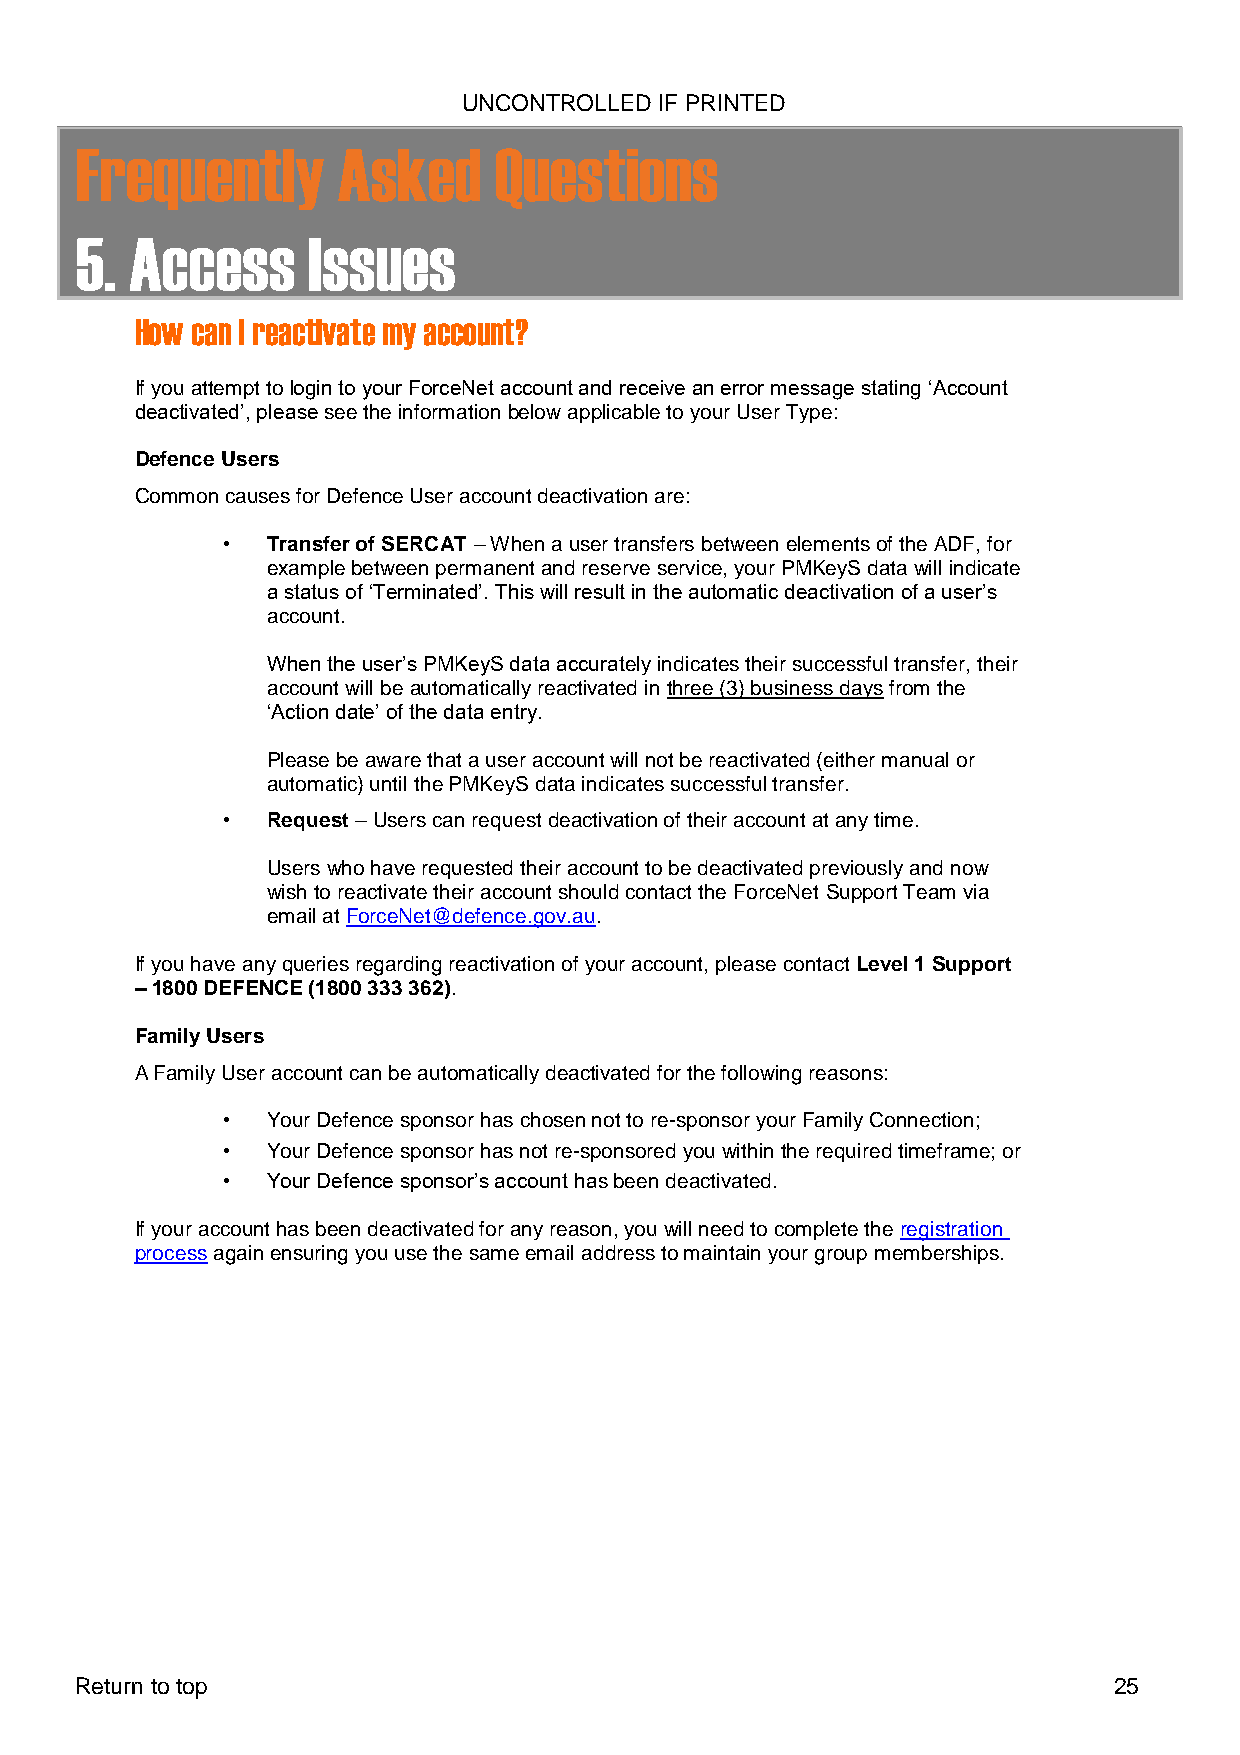
UNCONTROLLED IF PRINTED
 Frequently       Asked      Questions
 5.  Access     Issues
 How can I reactivate my account?
 If you attempt to login to your ForceNet account and receive an error message stating ‘Account
 deactivated’, please see the information below applicable to your User Type:
 Defence Users
 Common causes for Defence User account deactivation are:
 •  Transfer of SERCAT – When a user transfers between elements of the ADF, for
 example between permanent and reserve service, your PMKeyS data will indicate
 a status of ‘Terminated’. This will result in the automatic deactivation of a user’s
 account.
 When the user’s PMKeyS data accurately indicates their successful transfer, their
 account will be automatically reactivated in three (3) business days from the
 ‘Action date’ of the data entry.
 Please be aware that a user account will not be reactivated (either manual or
 automatic) until the PMKeyS data indicates successful transfer.
 •  Request – Users can request deactivation of their account at any time.
 Users who have requested their account to be deactivated previously and now
 wish to reactivate their account should contact the ForceNet Support Team via
 email at ForceNet@defence.gov.au.
 If you have any queries regarding reactivation of your account, please contact Level 1 Support
 – 1800 DEFENCE (1800 333 362).
 Family Users
 A Family User account can be automatically deactivated for the following reasons:
 •  Your Defence sponsor has chosen not to re-sponsor your Family Connection;
 •  Your Defence sponsor has not re-sponsored you within the required timeframe; or
 •  Your Defence sponsor’s account has been deactivated.
 If your account has been deactivated for any reason, you will need to complete the registration
 process again ensuring you use the same email address to maintain your group memberships.
 Return to top                                                        25